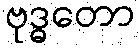
ဗုဒ္ဓတော